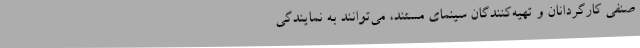
صنفی کارگردانان و تهیه‌کنندگان سینمای مستند، می‌توانند به نمایندگی